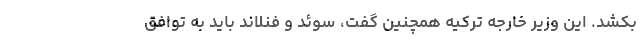
بکشد. این وزیر خارجه ترکیه همچنین گفت، سوئد و فنلاند باید به توافق